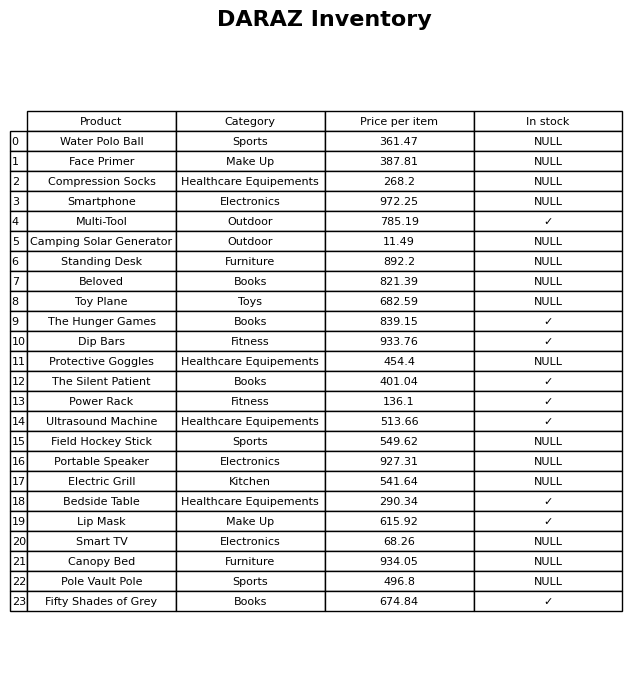
question: Which products are currently out of stock?
answer: Water Polo Ball, Face Primer, Compression Socks, Smartphone, Camping Solar Generator, Standing Desk, Beloved, Toy Plane, Protective Goggles, Field Hockey Stick, Portable Speaker, Electric Grill, Smart TV, Canopy Bed, Pole Vault Pole